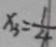
x _ { 3 } = \frac { 1 } { 4 }